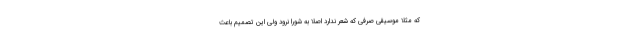
که مثلا موسیقی صرفی که شعر ندارد اصلا به شورا نرود ولی این تصمیم باعث